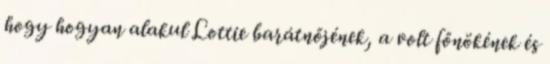
hogy hogyan alakul Lottie barátnőjének, a volt főnökének és